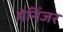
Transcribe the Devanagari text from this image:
मेनिंजर